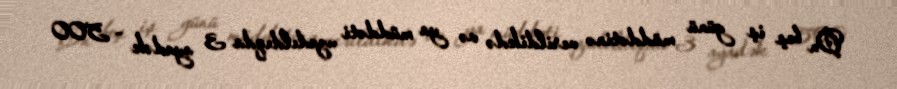
On beş iş günü müddətinə verildikdə və ya müddəti uzadıldıqda 3 ayadək – 500